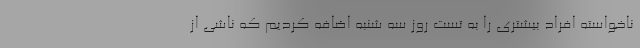
ناخواسته افراد بیشتری را به تست روز سه شنبه اضافه کردیم که ناشی از